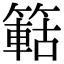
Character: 䉐